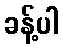
ခန့်ပါ